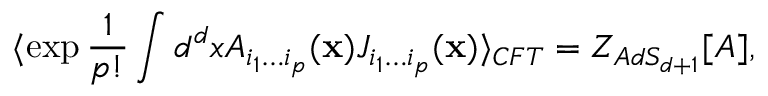
\langle \exp { \frac { 1 } { p ! } } \int d ^ { d } x A _ { i _ { 1 } \ldots i _ { p } } ( { \bf x } ) J _ { i _ { 1 } \ldots i _ { p } } ( { \bf x } ) \rangle _ { C F T } = { \cal Z } _ { A d S _ { d + 1 } } [ { \cal A } ] ,